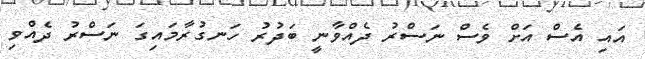
އައި އެސް އަށް ވެސް ނަސްރު ދެއްވާނީ ބަދުރު ހަނގުރާމައިގަ ނަސްރު ދެއްވި